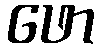
ဖော